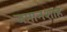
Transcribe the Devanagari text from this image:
जमानशाह